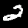
Label: 2